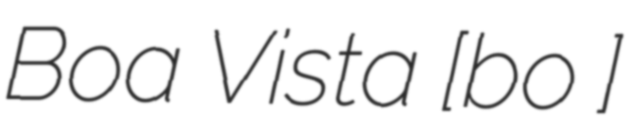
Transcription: Boa Vista [boɐ ѵɪʃʈɐ]